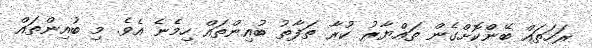
ރަހަތައް ބޭންކޮށްގެން ތައްޔާރު ކުރާ ތަފާތު ބުއިންތައް ހިމެނެ އެވެ. މި ބުއިންތައް